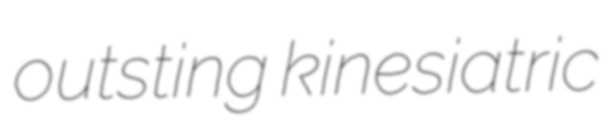
outsting kinesiatric